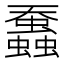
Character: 䘉